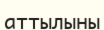
аттылыны